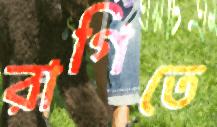
রাগিতে